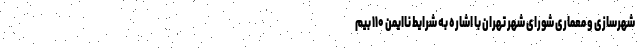
شهرسازی و معماری شورای شهر تهران با اشاره به شرایط ناایمن ۱۱۰ بیم